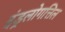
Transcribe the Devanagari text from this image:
इंड्रलोगत्तिल